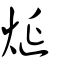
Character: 烻